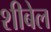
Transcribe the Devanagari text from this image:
शीबेल